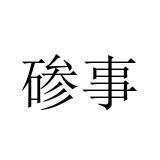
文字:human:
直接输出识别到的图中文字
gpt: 碜事